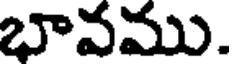
భావము.